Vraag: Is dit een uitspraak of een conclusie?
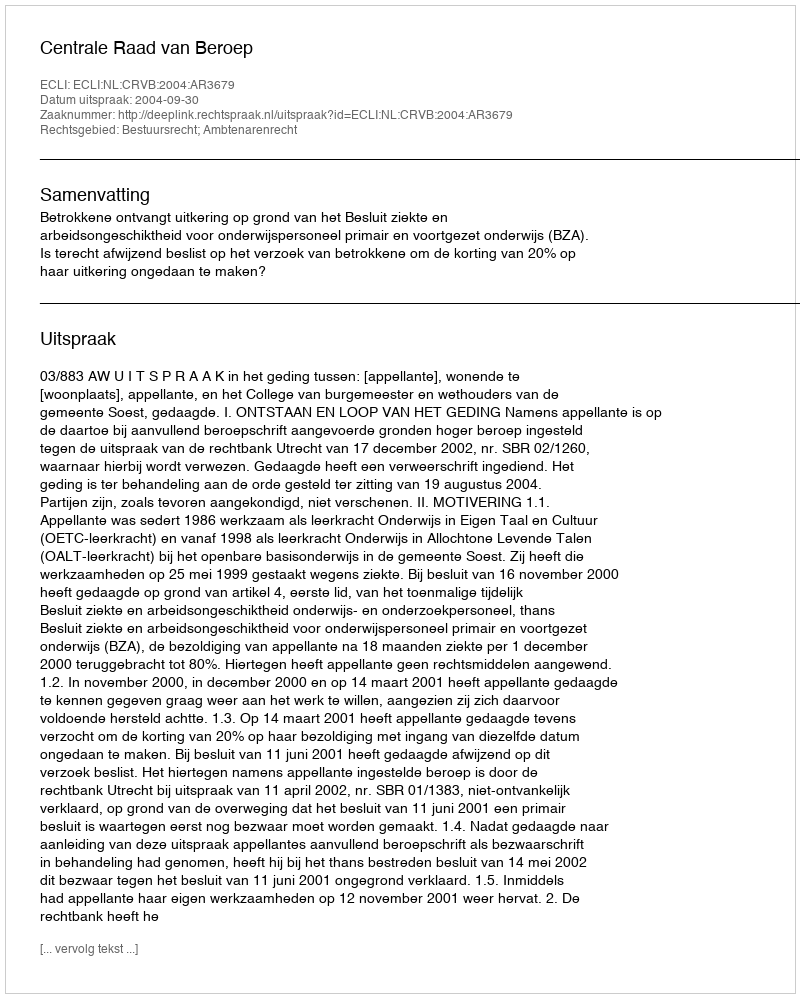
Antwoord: Uitspraak